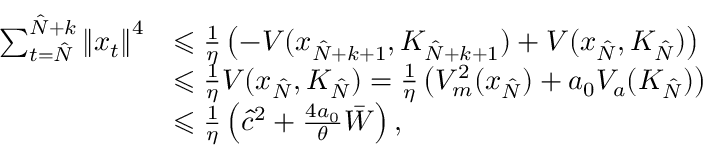
\begin{array} { r l } { \sum _ { t = \hat { N } } ^ { \hat { N } + k } \left\| x _ { t } \right\| ^ { 4 } } & { \leqslant \frac { 1 } { \eta } \left( - V ( x _ { \hat { N } + k + 1 } , K _ { \hat { N } + k + 1 } ) + V ( x _ { \hat { N } } , K _ { \hat { N } } ) \right) } \\ & { \leqslant \frac { 1 } { \eta } V ( x _ { \hat { N } } , K _ { \hat { N } } ) = \frac { 1 } { \eta } \left( V _ { m } ^ { 2 } ( x _ { \hat { N } } ) + a _ { 0 } V _ { a } ( K _ { \hat { N } } ) \right) } \\ & { \leqslant \frac { 1 } { \eta } \left( \hat { c } ^ { 2 } + \frac { 4 a _ { 0 } } { \theta } \bar { W } \right) , } \end{array}